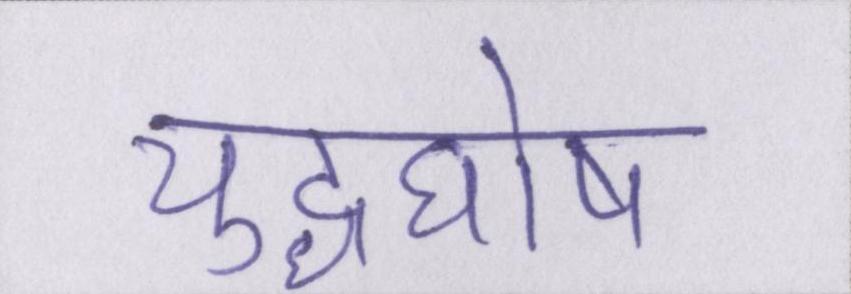
युद्धघोष